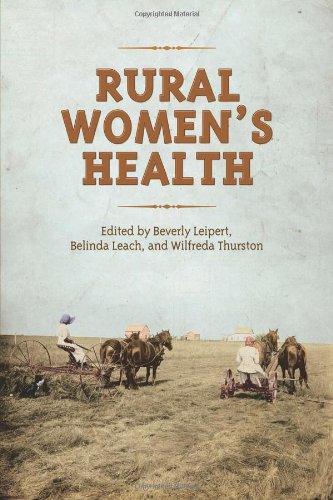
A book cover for Rural Women's Health; Beverly Leipert; Medical Books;